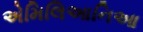
એમિલિઆનિઆ